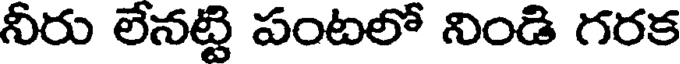
నీరు లేనట్టి పంటలో నిండి గరక